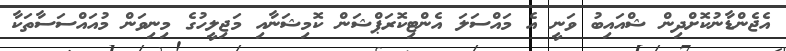
އެޖެންޑާނުކޮށްދިން ޝްއައިބު ވަނީ އެ މައްސަލަ އެންޓިކޮރަޕްޝަން ކޮމިޝަނާއި މަޖިލީހުގެ މިނިވަން މުއައްސަސާތަކާ